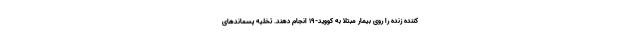
کننده زنده را روی بیمار مبتلا به کووید-۱۹ انجام دهند. تخلیه پسماندهای